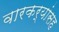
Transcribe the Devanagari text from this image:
वारकर्‍यांसह